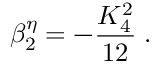
\beta _ { 2 } ^ { \eta } = - \frac { K _ { 4 } ^ { 2 } } { 1 2 } \; .